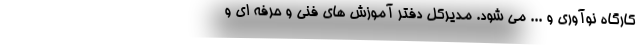
کارگاه نوآوری و ... می شود. مدیرکل دفتر آموزش های فنی و حرفه ای و